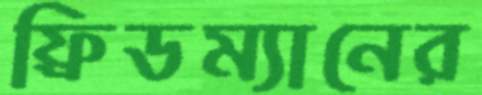
ফ্রিডম্যানের